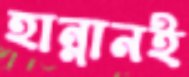
হান্নানই